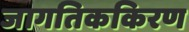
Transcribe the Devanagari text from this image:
जागतिककिरण